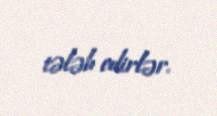
tələb edirlər.